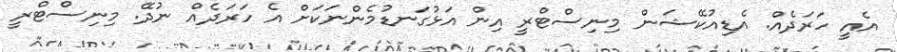
އެއީ ހަރަދެއް. އެޑިއުކޭޝަން މިނިސްޓްރީ އިން އަޅުގަނޑުމެންނަކަށް އެ ހަރަދެެއް ނުދޭ. މިނިސްޓްރީ